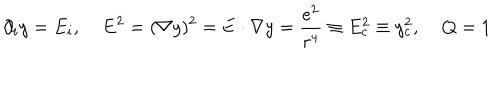
LaTeX: \partial _ { i } y = E _ { i } , \; { \bf E } ^ { 2 } = ( { \bf \nabla } y ) ^ { 2 } = { \bf E } \cdot { \bf \nabla } y = \frac { e ^ { 2 } } { r ^ { 4 } } \equiv E _ { c } ^ { 2 } \equiv y _ { c } ^ { 2 } , \; Q = 1